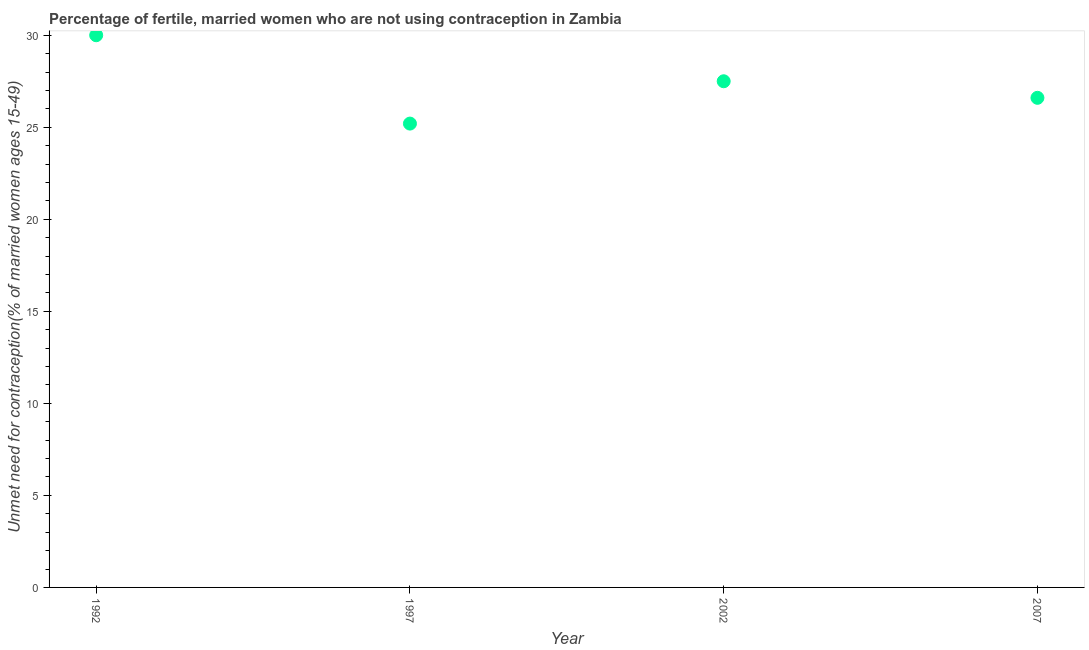
| Year | Unmet need for contraception |
 | --- | --- |
 | 1992 | 30 |
 | 1997 | 25.2 |
 | 2002 | 27.5 |
 | 2007 | 26.6 |